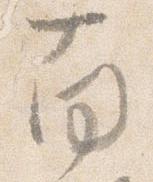
南